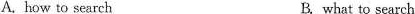
A. how to search B. what to search